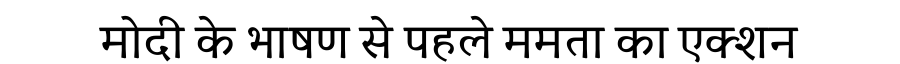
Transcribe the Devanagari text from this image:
मोदी के भाषण से पहले ममता का एक्शन